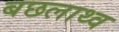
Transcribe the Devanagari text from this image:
बछलाथ्व